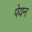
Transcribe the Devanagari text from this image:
पेयन